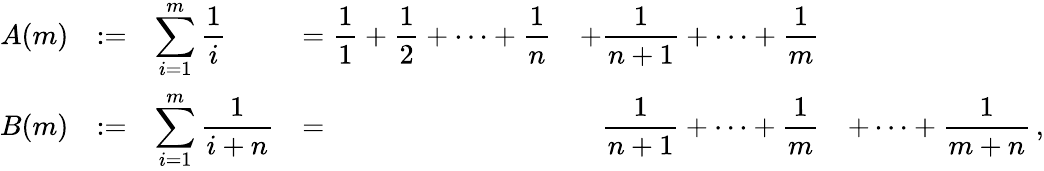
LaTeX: \begin{array}{rcllcl}{A(m)}&{:=}&{\displaystyle\sum_{i=1}^{m}\frac{1}{i}}&{=\displaystyle\frac{1}{1}+\frac{1}{2}+\dots+\frac{1}{n}}&{\displaystyle+\frac{1}{n+1}+\dots+\frac{1}{m}}&\\ {B(m)}&{:=}&{\displaystyle\sum_{i=1}^{m}\frac{1}{i+n}}&{=}&{\displaystyle\ \ \ \frac{1}{n+1}+\dots+\frac{1}{m}}&{\displaystyle+\dots+\frac{1}{m+n}\, ,}\end{array}